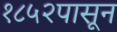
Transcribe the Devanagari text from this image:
१८५२पासून